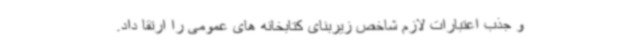
و جذب اعتبارات لازم شاخص زیربنای کتابخانه های عمومی را ارتقا داد.